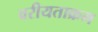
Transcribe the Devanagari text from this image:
वरीयताक्रम